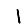
Digit: 1